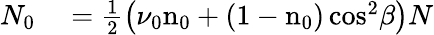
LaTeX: \begin{array}{rl}{N_{0}}&{{}=\frac{1}{2}\left(\nu_{0}\textrm{n}_{0}+(1-\textrm{n}_{0})\cos^{2}\! \beta\right)N}\end{array}